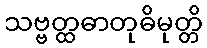
သဗ္ဗတ္ထဓာတုဓိမုတ္တိ